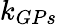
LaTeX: k_{GPs}